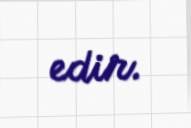
edir.